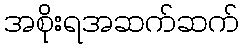
အစိုးရအဆက်ဆက်